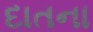
દાતના